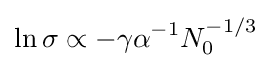
\ln \sigma \propto -\gamma \alpha ^{-1}N_{0}^{-1/3}